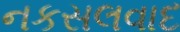
નકસલવાદ